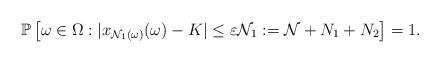
LaTeX: \begin{align*}\mathbb{P}\left[\omega\in \Omega: |x_{\mathcal{N}_1(\omega)}(\omega)-K|\leq \varepsilon \mathcal{N}_1:=\mathcal{N}+N_1+N_2 \right]=1.\end{align*}